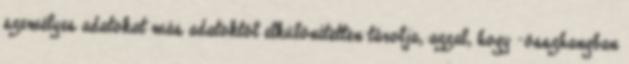
személyes adatokat más adatoktól elkülönítetten tárolja, azzal, hogy -összhangban